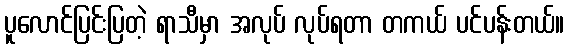
ပူလောင်ပြင်းပြတဲ့ ရာသီမှာ အလုပ် လုပ်ရတာ တကယ် ပင်ပန်းတယ်။